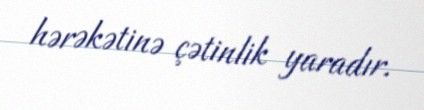
hərəkətinə çətinlik yaradır.